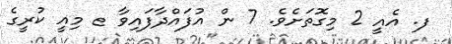
ފ. އެއީ 2 މިގޮތަށެވެ. 7 ން އުފައްދާފައިވާ ޱ މިއީ ކުރީގެ